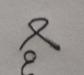
Signature authenticity: genuine